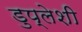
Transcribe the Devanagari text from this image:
डुप्लेशी